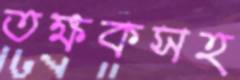
তক্ষকসহ